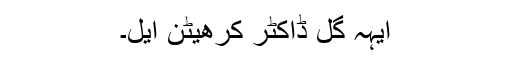
ایہہ گل ڈاکٹر کرھیٹن ایل۔